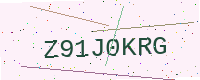
Text: Z91J0KRG